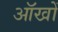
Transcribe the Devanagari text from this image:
ऑखों